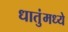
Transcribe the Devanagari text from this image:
धातुंमध्ये